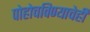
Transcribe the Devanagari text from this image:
पोहोचविण्याचेही